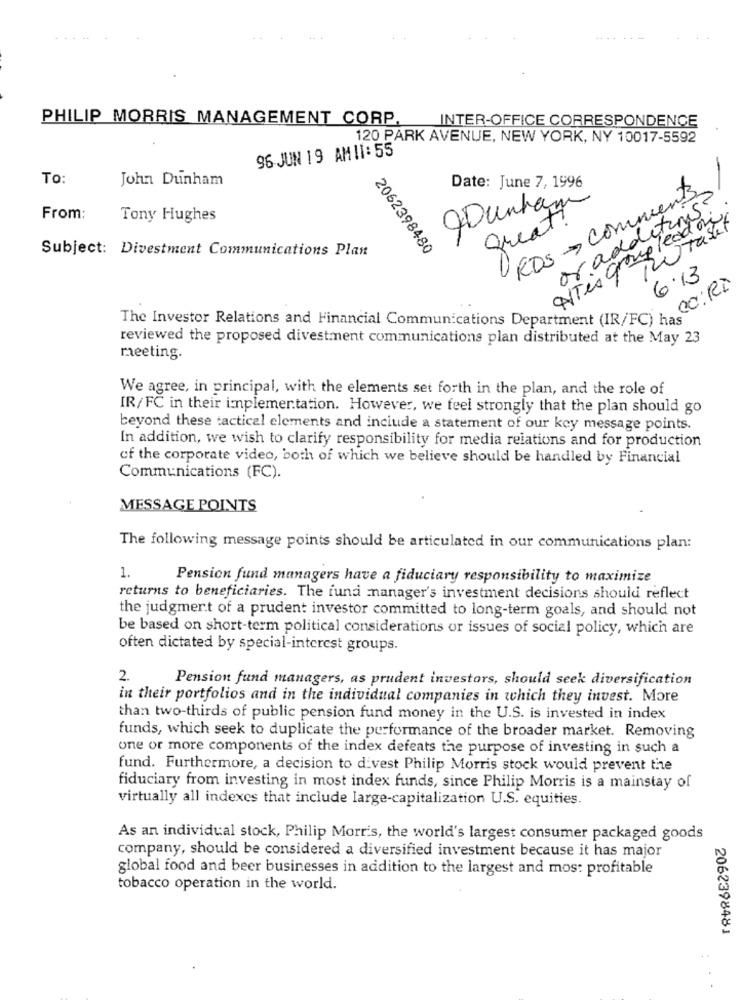
PHILIP MORRIS MANAGEMENT CORP,
INTER-OFFICE CORRESPONDENCE
120 PARK AVENUE, NEW YORK, NY 10017-5592
96 JUN 19 AMII: 55
To:
John Dunham
-
Date: June 7, 1996
RDS comments
qDunham
or additions:
From:
Tony Hughes
great!
NTis group lead ou
TwTablet
2062398480
Subject: Divestment Communications Plan
6.13
CO: R$
The Investor Relations and Financial Communications Department (IR/FC) has
reviewed the proposed divestment communications plan distributed at the May 23
meeting.
We agree, in principal, with the elements set forth in the plan, and the role of
IR/FC in their implementation. However, we feel strongly that the plan should go
beyond these tactical elements and inciude a statement of our key message points.
In addition, we wish to clarify responsibility for media relations and for production
of the corporate video, both of which we believe should be handled by Financial
Communications (FC).
MESSAGE POINTS
The following message points should be articulated in our communications plan:
1.
Pension fund managers have a fiduciary responsibility to maximize
returns to beneficiaries. The fund manager's investment decisions should reflect
the judgment of a prudent investor committed to long-term goals, and should not
be based on short-term political considerations or issues of social policy, which are
often dictated by special-interest groups.
2.
Pension fund managers, as prudent investors, should seek diversification
in their portfolios and in the individual companies in which they invest. More
than two-thirds of public pension fund money in the U.S. is invested in index
funds, which seek to duplicate the performance of the broader market. Removing
one or more components of the index defeats the purpose of investing in such a
fund. Furthermore, a decision to divest Philip Morris stock would prevent the
fiduciary from investing in most index funds, since Philip Morris is a mainstay of
virtually all indexes that include large-capitalization U.S. equities.
As an individual stock, Philip Morris, the world's largest consumer packaged goods
company, should be considered a diversified investment because it has major
global food and beer businesses in addition to the largest and most profitable
tobacco operation in the world.
2062398481